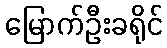
မြောက်ဦးခရိုင်